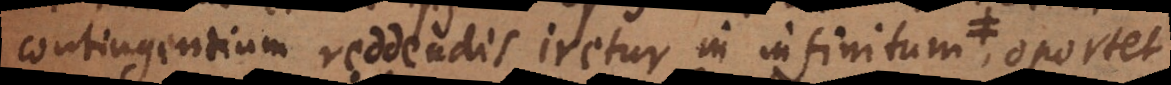
contingentium reddendis iretur in infinitum, ratio